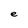
Character: e